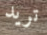
تريد